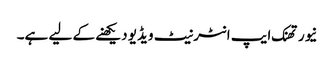
نیور تھنک ایپ انٹرنیٹ ویڈیو دیکھنے کے لیے ہے۔